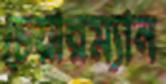
চেয়ারম্যান